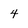
Character: 4